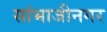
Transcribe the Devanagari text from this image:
सांभाजीनगर